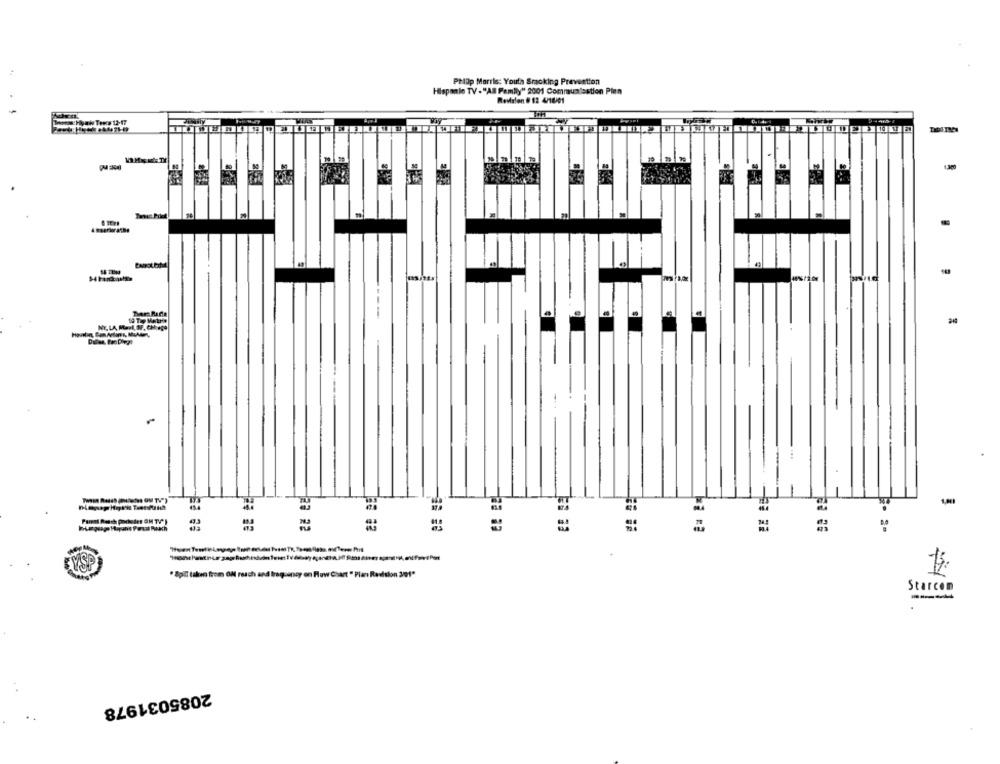
Philip Morris: Youth Smacking Prevention
Hispanle TV ."All Family" 2001 Communication Plan
Revision # 12 4/10/01
1 Hyah Tees 12-17
19 To Mature
23 22
341
.Spil taken from OM reach and Iraguspicy on Flow Chart " Plan Revision 301"
Starcom
---
2085031978